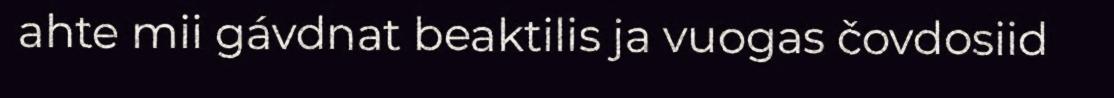
ahte mii gávdnat beaktilis ja vuogas čovdosiid